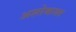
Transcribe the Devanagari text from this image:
अशोकवर